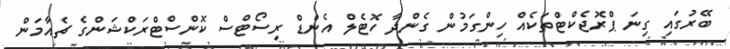
ބޭރުގައި ގިނަ ޕްރޮޖެކްޓްތަކެއް ހިންގަމުން ގެންދާ ހޮޓެލް އެންޑް ރިސޯޓްސް ކޮންސްޓްރަކްޝަންގެ ޗެއާމަން